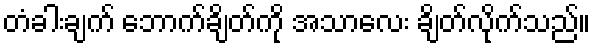
တံခါးချက် ဘောက်ချိတ်ကို အသာလေး ချိတ်လိုက်သည်။